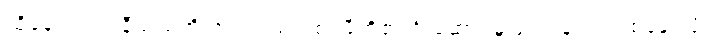
ထို့နောက် ဒင်နီယယ်တို့ အဖွဲ့သည် ပစ်ဂမီတို့၏ ဦးဆောင်မှုဖြင့် ဂွန်ဒါလာ စခန်းသို့